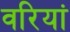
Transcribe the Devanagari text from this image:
वरियां